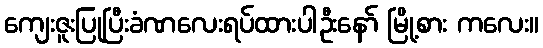
ကျေးဇူးပြုပြီးခံဏလေးရပ်ထားပါဦးနော် မြို့စား ကလေး။